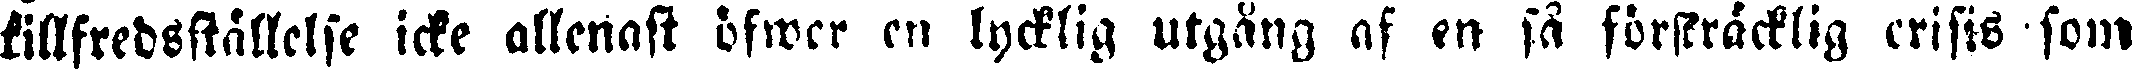
tillfredsställelse icke allenast öfwer en lycklig utgång af en så förskräcklig crisis som